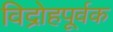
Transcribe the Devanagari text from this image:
विद्रोहपूर्वक